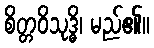
စိတ္တဝိသုဒ္ဓိ၊ မည်၏။